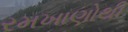
રમખાણોથી